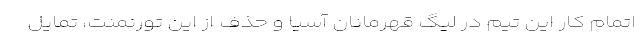
اتمام کار این تیم در لیگ قهرمانان آسیا و حذف از این تورنمنت، تمایل